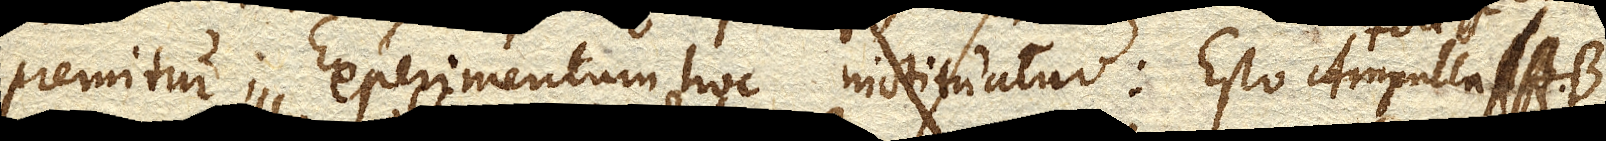
premitur; Experimentum hoc instituatur: Esto Ampulla AB.